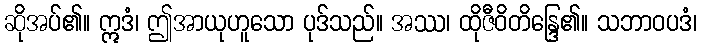
ဆိုအပ်၏။ ဣဒံ၊ ဤအာယုဟူသော ပုဒ်သည်။ အဿ၊ ထိုဇီဝိတိန္ဒြေ၏။ သဘာဝပဒံ၊